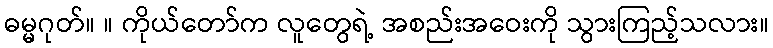
ဓမ္မဂုတ်။ ။ ကိုယ်တော်က လူတွေရဲ့ အစည်းအဝေးကို သွားကြည့်သလား။